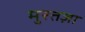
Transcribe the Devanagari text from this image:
मुरतज़ा